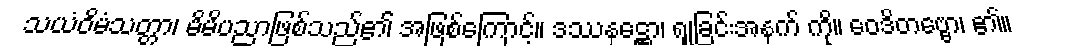
သယံဝိမံသတ္တာ၊ မိမိပညာဖြစ်သည်၏ အဖြစ်ကြောင့်။ ဒဿနဋ္ဌော၊ ရှုခြင်းအနက် ကို။ ဝေဒိတဗ္ဗော၊ ၏။